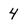
Character: 4